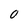
Character: O